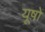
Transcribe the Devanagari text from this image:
यूषों